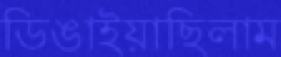
ডিঙাইয়াছিলাম